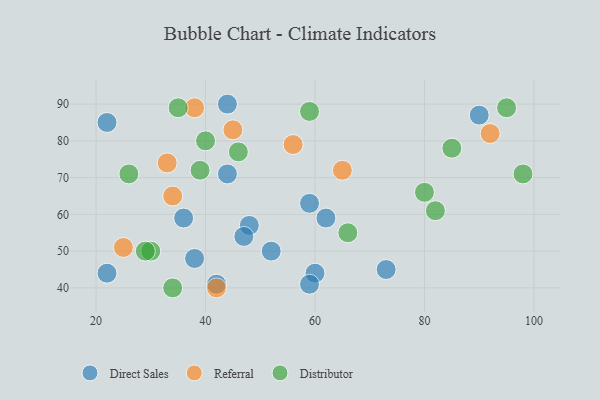
{"axis": {"x": "GDP", "y": "Life Expectancy"}, "legend": ["Direct Sales", "Distributor", "Referral"], "data": [{"x": "90", "y": 87, "type": "Direct Sales"}, {"x": "48", "y": 57, "type": "Direct Sales"}, {"x": "36", "y": 59, "type": "Direct Sales"}, {"x": "22", "y": 44, "type": "Direct Sales"}, {"x": "22", "y": 85, "type": "Direct Sales"}, {"x": "44", "y": 90, "type": "Direct Sales"}, {"x": "59", "y": 63, "type": "Direct Sales"}, {"x": "44", "y": 71, "type": "Direct Sales"}, {"x": "42", "y": 41, "type": "Direct Sales"}, {"x": "52", "y": 50, "type": "Direct Sales"}, {"x": "60", "y": 44, "type": "Direct Sales"}, {"x": "62", "y": 59, "type": "Direct Sales"}, {"x": "38", "y": 48, "type": "Direct Sales"}, {"x": "73", "y": 45, "type": "Direct Sales"}, {"x": "59", "y": 41, "type": "Direct Sales"}, {"x": "47", "y": 54, "type": "Direct Sales"}, {"x": "34", "y": 65, "type": "Referral"}, {"x": "33", "y": 74, "type": "Referral"}, {"x": "45", "y": 83, "type": "Referral"}, {"x": "56", "y": 79, "type": "Referral"}, {"x": "25", "y": 51, "type": "Referral"}, {"x": "92", "y": 82, "type": "Referral"}, {"x": "38", "y": 89, "type": "Referral"}, {"x": "65", "y": 72, "type": "Referral"}, {"x": "42", "y": 40, "type": "Referral"}, {"x": "30", "y": 50, "type": "Distributor"}, {"x": "85", "y": 78, "type": "Distributor"}, {"x": "98", "y": 71, "type": "Distributor"}, {"x": "82", "y": 61, "type": "Distributor"}, {"x": "34", "y": 40, "type": "Distributor"}, {"x": "66", "y": 55, "type": "Distributor"}, {"x": "39", "y": 72, "type": "Distributor"}, {"x": "40", "y": 80, "type": "Distributor"}, {"x": "59", "y": 88, "type": "Distributor"}, {"x": "46", "y": 77, "type": "Distributor"}, {"x": "29", "y": 50, "type": "Distributor"}, {"x": "35", "y": 89, "type": "Distributor"}, {"x": "95", "y": 89, "type": "Distributor"}, {"x": "26", "y": 71, "type": "Distributor"}, {"x": "80", "y": 66, "type": "Distributor"}]}